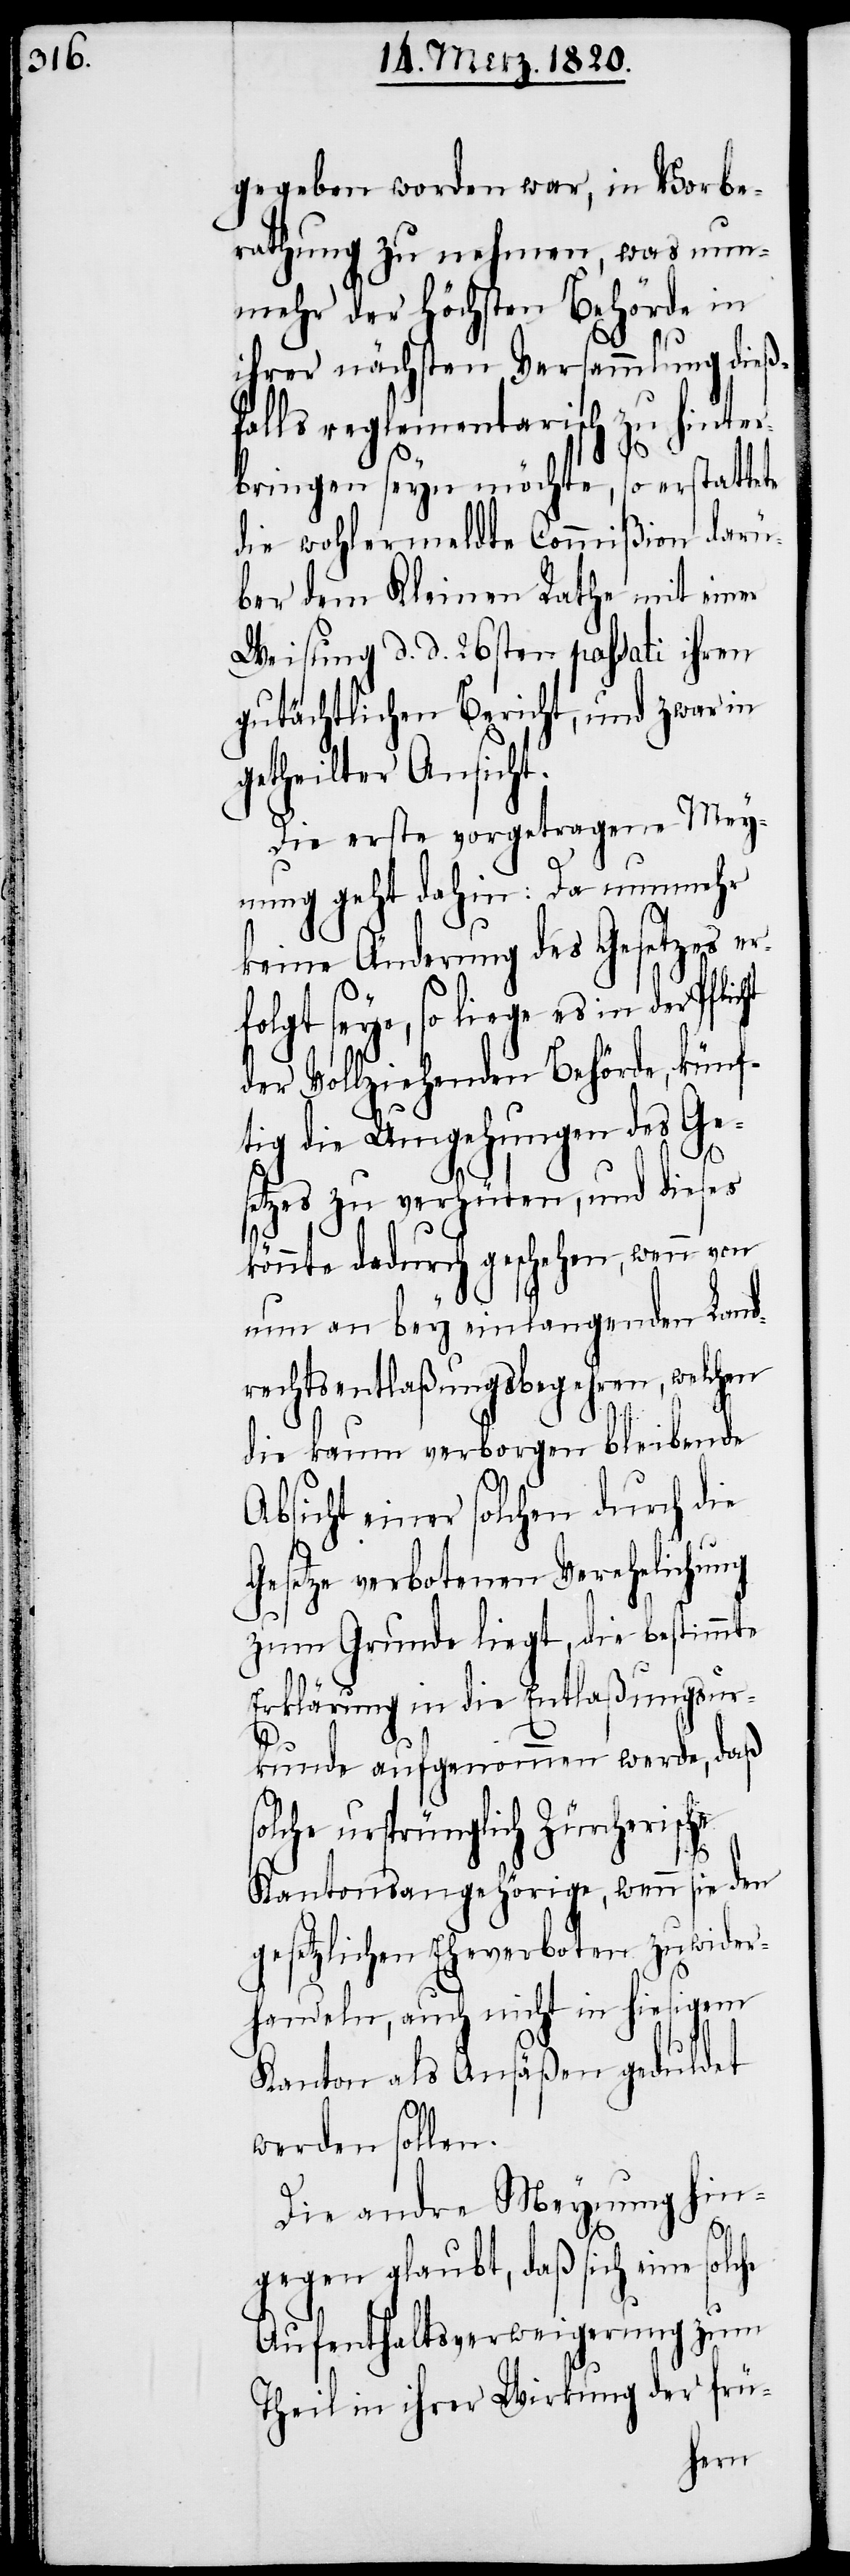
gegeben worden war, in Vorbe¬
rathung zu nehmen, was nun¬
mehr der Höchsten Behörde in
ihrer nächsten Versammlung dießf¬
alls reglementarisch zu hinte¬
rbringen seyn möchte, so erstattete
die wohlermeldte Commißion darü¬
ber dem Kleinen Rathe mit einer
Weisung d. d. 26sten passati ihren
gutächtlichen Bericht, und zwar in
getheilter Ansicht.
Die erste vorgetragene Mey¬
nung geht dahin: Da nunmehr
keine Änderung des Gesetzes er¬
folgt seye, so liege es in der Pflic¬
der Vollziehenden Behörde, künf¬
tig die Umgehungen des Ges¬
etzes zu verhüten, und dieses
könnte dadurch geschehen, wenn von
nun an bey einlangenden Land¬
rechtsentlaßungsbegehren, welchen
die kaum verborgen bleibende
Absicht einer solchen durch die
Gesetze verbotenen Verehelichung
zum Grunde liegt, die bestimmte
Erklärung in die Entlaßungsur¬
kunde aufgenommen werde, daß
solche ursprünglich Zürcherische
Kantonsangehörige, wenn sie den
gesetzlichen Eheverboten zuwider¬
handeln, auch nicht in hiesigem
Kanton als Ansäßen geduldet
werden sollen.
Die andre Meynung hin¬
s¬
olche
gegen glaubt, daß sich eine
zum
Aufenthaltsverweigerung
Theil in ihrer Wirkung der